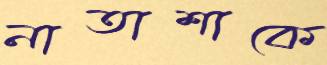
নাতাশাকে